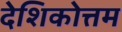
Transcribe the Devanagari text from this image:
देशिकोत्तम